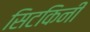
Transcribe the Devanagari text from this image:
सिटकिनी